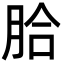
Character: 䏩